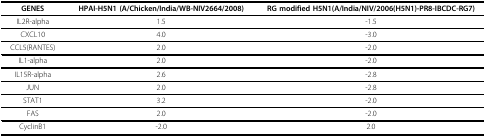
| GENES | HPAI-H5N1 (A/Chicken/India/WB-NIV2664/2008) | RG modified H5N1(A/India/NIV/2006(H5N1)-PR8-IBCDC-RG7) |
 | --- | --- | --- |
 | IL2R-alpha | 1.5 | -1.5 |
 | CXCL10 | 4.0 | -3.0 |
 | CCL5(RANTES) | 2.0 | -2.0 |
 | IL1-alpha | 2.0 | -2.0 |
 | IL15R-alpha | 2.6 | -2.8 |
 | JUN | 2.0 | -2.8 |
 | STAT1 | 3.2 | -2.0 |
 | FAS | 2.0 | -2.0 |
 | CyclinB1 | -2.0 | 2.0 |